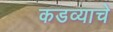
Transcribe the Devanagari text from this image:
कडव्याचे